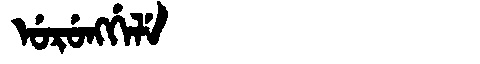
Manchu: ᡠᡵᡠᠩᡤᡝᠯᡝ
Romanization: URUNGGELE